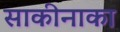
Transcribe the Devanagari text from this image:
साकीनाका